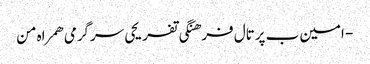
- امین ب پرتال فرهنگی تفریحی سرگرمی همراه من